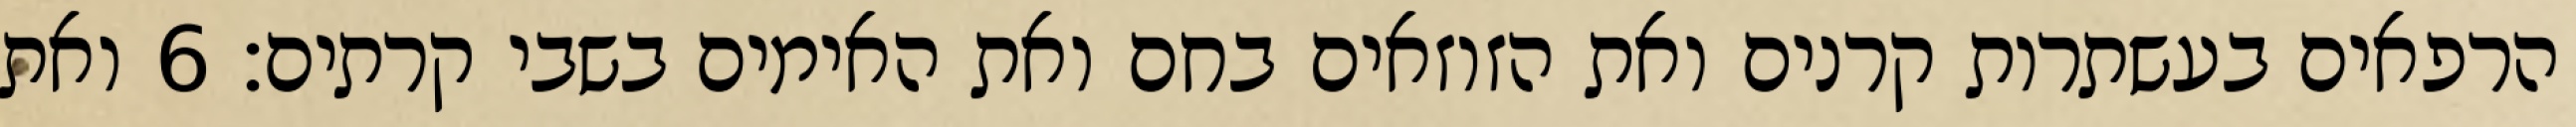
הרפאים בעשתרות קרנים ואת הזוזאים בחם ואת האימים בשבי קרתים׃ ‎6‏ ואת